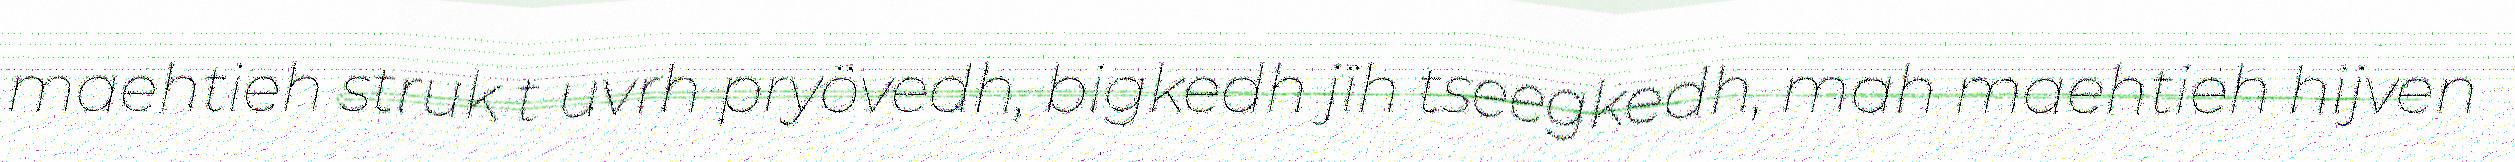
maehtieh struk t uvrh pryövedh, bigkedh jïh tseegkedh, mah maehtieh hijven